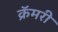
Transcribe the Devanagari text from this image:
क्रॅमरी